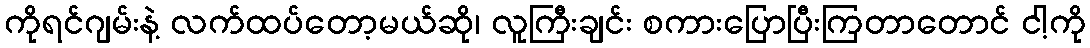
ကိုရင်ဂျမ်းနဲ့ လက်ထပ်တော့မယ်ဆို၊ လူကြီးချင်း စကားပြောပြီးကြတာတောင် ငါ့ကို